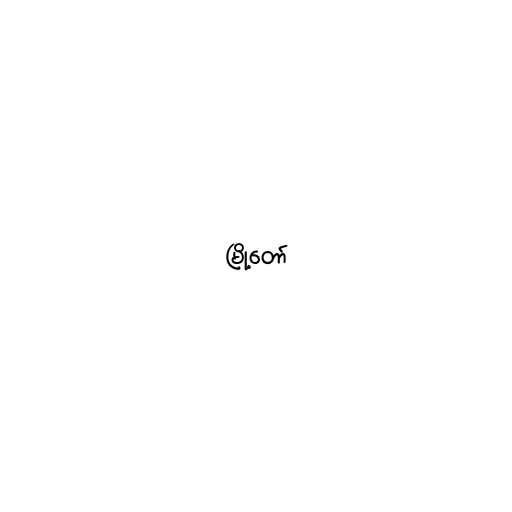
မြို့တော်